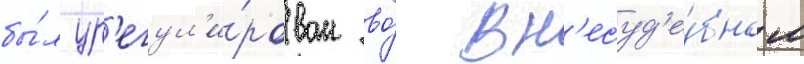
бы́л ур'егул'и́рован во́ вн'есуд'е́бном